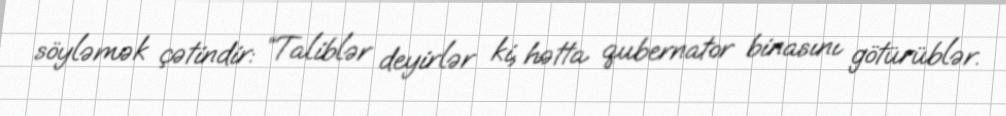
söyləmək çətindir: “Taliblər deyirlər ki, hətta qubernator binasını götürüblər.